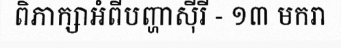
ពិភាក្សាអំពីបញ្ហាស៊ីរី - ១៣ មករា